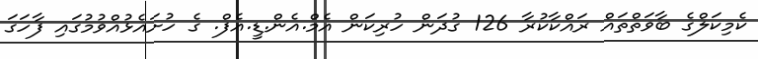
ކެމިކަލްގެ ބާވަތްތައް ރައްކާކުރާ 126 ގުދަން ހުރިކަން އެމް.އެން.ޑީ.އެފް. ގެ ހުށައެޅުއްވުމުގައި ފާހަގަ